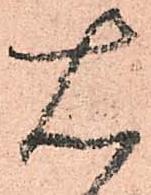
右